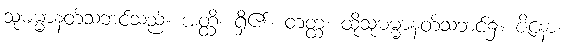
သုဓမ္မာနတ်သဘင်သည်။ အတ္ထိ၊ ရှိ၏။ တတ္ထ၊ ထိုသုဓမ္မာနတ်သဘင်၌။ ဇိနော၊